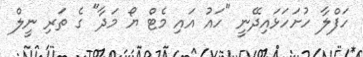
ހަފްލާ ހުށަހަޅައިދޭނީ "ހައު އައި މެޓް ޔޯ މަދާ" ގެ ތަރި ނީލް